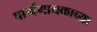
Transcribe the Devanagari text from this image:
पार्श्वगायकाच्या